Annual statistical returns and brief notes on vaccination in Bengal - 1909-1929
Year: 1909
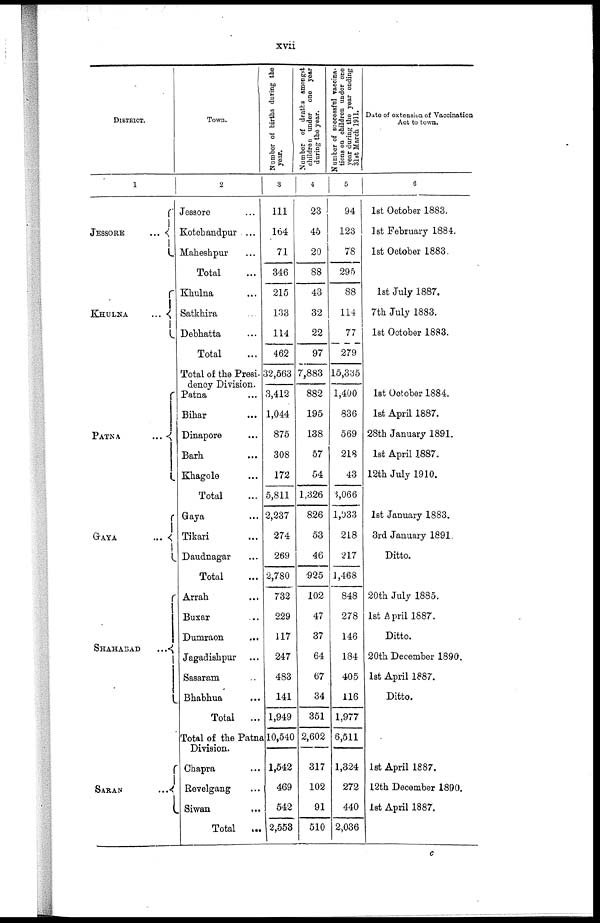
xvii
DISTRICT.
1
JESSORE
...
KHULNA
...
PATNA
...
GAYA
...
SHAHABAD
...
SARAN ...
Town.
2
Jessore ...
Kotchandpur ...
Maheshpur ...
Total ...
Khulna ...
Satkhira ...
Debhatta ...
Total ...
Total of the Presi-
dency Division.
Patna ...
Bihar ...
Dinapore ...
Barh
...
Khagole ...
Total ...
Gaya ...
Tikari ...
Daudnagar ...
Total ...
Arrah ...
Buxar ...
Dumraon
...
Jagadishpur ...
Sasaram ...
Bhabhua ...
Total
...
Total of the Patana
Division.
Ghapra ...
Revelgang ...
Siwan ...
Total
...
Number of births during the
year.
3
111
164
71
346
215
133
114
462
32,563
3,412
1,044
875
308
172
5,811
2,237
274
269
2,780
732
229
117
247
483
141
1,949
10,540
1,542
469
542
2,553
Number of deaths amongst
children under one year
during the year.
4
23
45
20
88
43
32
22
97
7,883
882
195
138
57
54
1,326
826
53
46
925
102
47
37
64
67
34
351
2,602
317
102
91
510
Number of successful vaccina-
tions on children under one
year during the year ending
31st March 1911.
5
94
123
78
295
88
114
77
279
15,335
1,400
836
569
218
43
8,066
1,033
218
217
1,468
848
278
146
184
405
116
1,977
6,511
1,324
272
440
2,036
Date of extension of Vaccination
Act to town.
6
1st October 1883.
1st February 1884.
1st October 1883.
1st July 1887.
7th July 1883.
1st October 1883.
1st October 1884.
1st April 1887.
28th January 1891.
1st April 1887.
12th July 1910.
1st January 1883.
3rd January 1891.
Ditto.
20th July 1885.
1st April 1887.
Ditto.
20th December 1890.
1st April 1887.
Ditto.
1st April 1887.
12th December 1890.
1st April 1887.
c